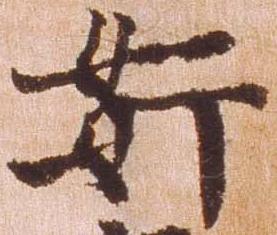
奸